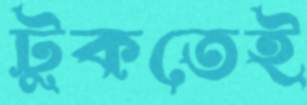
টুকতেই